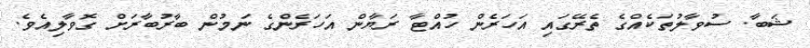
ޝަބާ. ސުވާލުތަކެއްގެ ތެރޭގައި އަހަރެން ހުއްޓާ ރަޔާން އަހަރެންގެ ނަމުން ބާރުބާރަށް ގޮވާލިއެވެ.